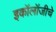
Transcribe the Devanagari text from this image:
इकॉलॉजीचे